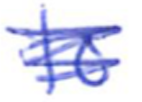
Text: to
Cross-out: scratch
Writing tool: ballpoint